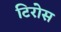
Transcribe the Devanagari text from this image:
टिरोस